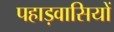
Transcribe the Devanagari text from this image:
पहाड़वासियों